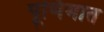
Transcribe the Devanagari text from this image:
पूर्णिमात